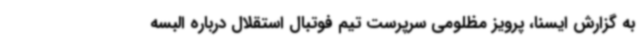
به گزارش ایسنا، پرویز مظلومی سرپرست تیم فوتبال استقلال درباره البسه